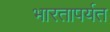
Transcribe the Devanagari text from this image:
भारतापर्यत